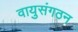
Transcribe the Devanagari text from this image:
वायुसंगठन